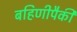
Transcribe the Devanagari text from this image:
बहिणीपैकी